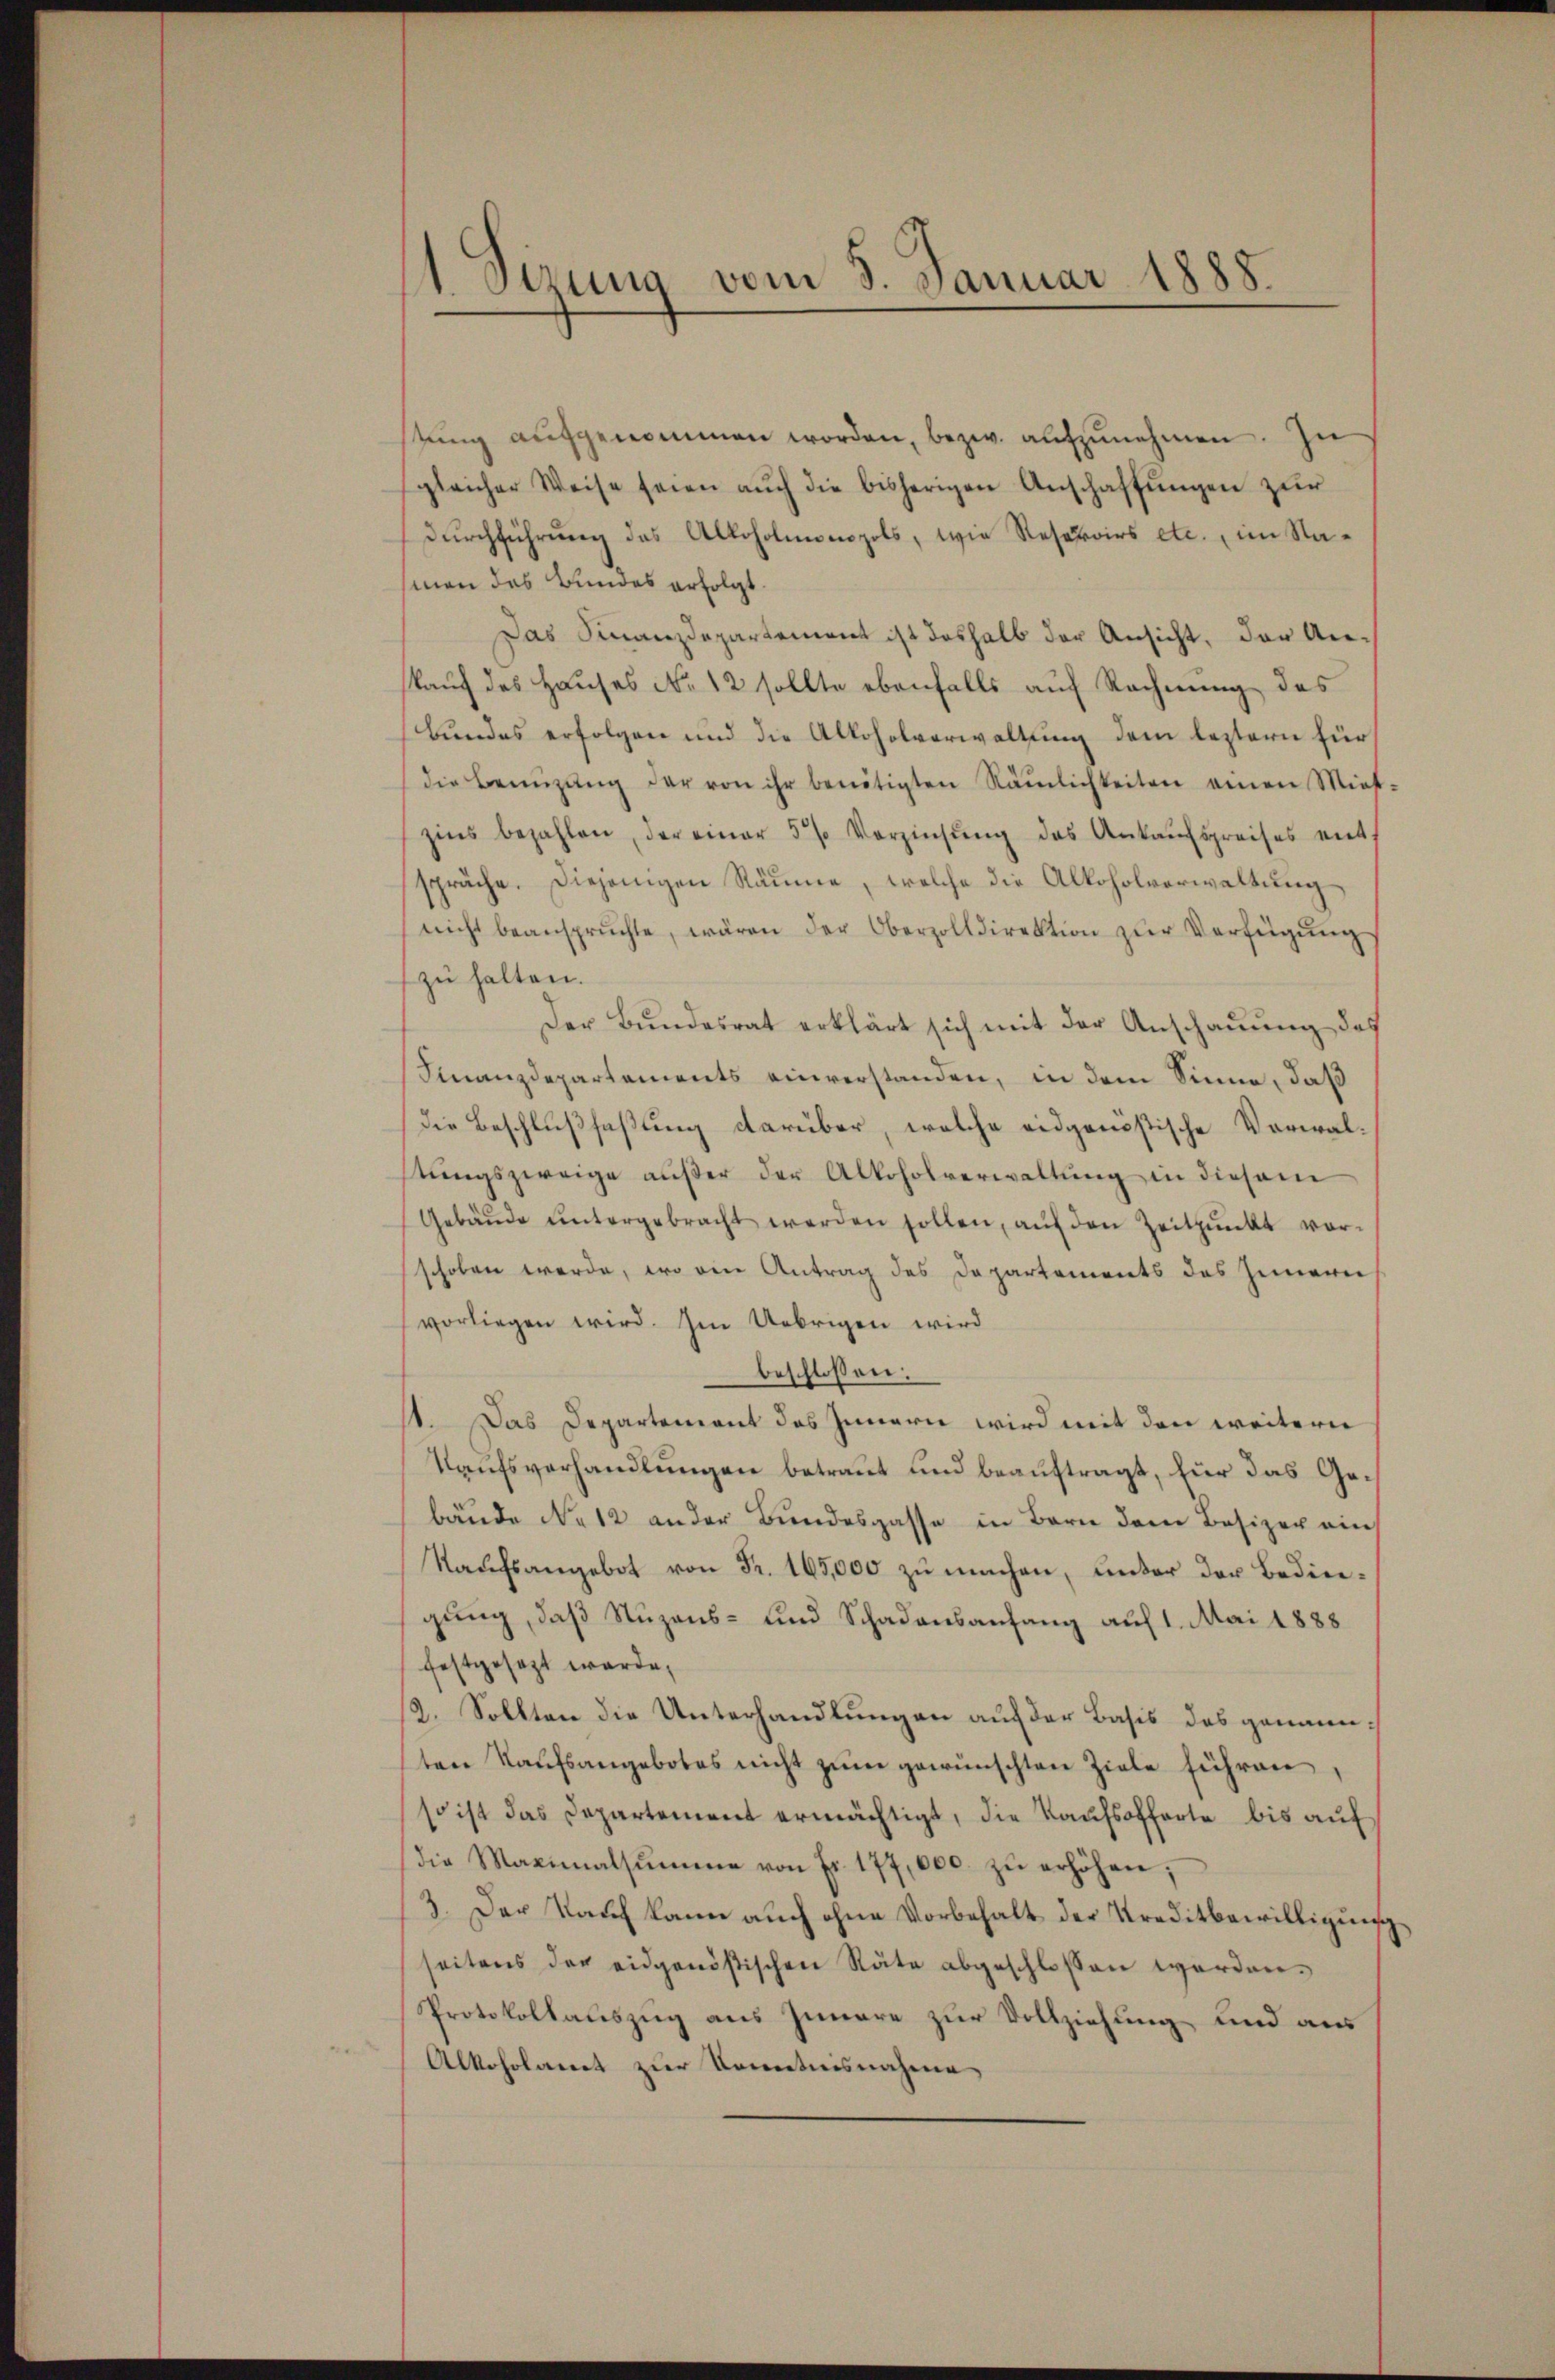
1 Sizung vom 5. Januar 1888.

tŭng aŭfgenommen worden, bezw. aŭfzŭnehmen. In
sgleicher Weise seien aŭch die bisherigen Anschaffŭngen zur
Durchführung das Alkoholmonopols, wie Reseroirs etc., im Naman das Bundes erfolgt.
Das Finanzdepartement ist deshalb der Ansicht, der Ankauf des Hauses No 12 sollte ebenfalls auf Rechnung des
Bundes erfolgen und die Alkoholverwaltung dem leztern für
die Benüzŭng der von ihr benötigten Rämlichkeiten einen Mies-
zins bezahlen, der einer 5 % Verzinsŭng des Ankaŭfspreises ent-
spräche. Diejenigen Räume, welche die Alkoholverwaltung
nicht beansprŭchte, wären der Oberzolldirektion zŭr Verfügŭng
zu halten.
Der Bundesrat erklärt sich mit der Anschauung des
Finanzdepartements einverstanden, in dem Sinne, daß
die Beschlußfaßung darüber, welche eidgenößische Verwalstungszweige außer der Alkoholverwaltung in diesem
Gebäŭde ŭntergebracht werden sollen, aŭf den Zeitpunkt vor-
schoben werde, wo ein Antrag des Departements des Innern
vorliegen wird. Im Uebrigen wird
beschlossen:
1. Das Departement des Innern wird mit den weitern
Kaufsverhandlungen betraut und beauftragt, für das Gebäude No 12 ander Bundesgasse in Bern dem Besizer ein
Kaŭfsangebot von Fr. 165,000 zu machen, unter der Bedingung, daß Nuzens- und Schadensanfang auf 1. Mai 1888
festgesezt wurde,
2. Sollten die Unterhandlungen auf der Basis des genannsten Kaufsangebotes nicht zum gewünschten Ziele führen,
so ist das Departement ermächtigt, die Kaufsofferte bis auf
die Maximalsŭmme von Fr. 177,000. zŭ erhöhen;
3. Der Kauf kann auch ohne Vorbehalt der Kreditbewilligung,
seitens der eidgenößischen Räte abgeschlossen worden.
Protokollauszug aus Innere zur Vollziehung und aus
Alkoholamt zur Kontinsnahme,